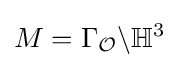
M=\Gamma _{\mathcal {O}}\backslash \mathbb {H} ^{3}